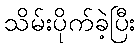
သိမ်းပိုက်ခဲ့ပြီး